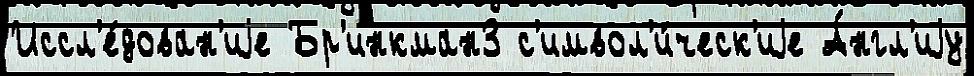
Иссл'е́дован'иjе Бр'инкман3 с'имвол'и́ческ'иjе А́нгл'иjу